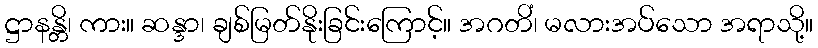
ဋ္ဌာနန္တိ၊ ကား။ ဆန္ဒာ၊ ချစ်မြတ်နိုးခြင်းကြောင့်။ အဂတိံ၊ မလားအပ်သော အရာသို့။